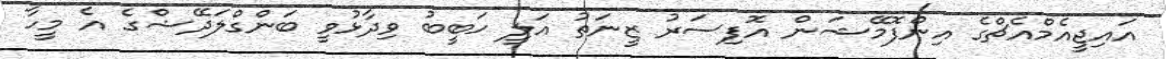
އައިޖީއެމްއެޗްގެ އިންފޮމޭޝަން އޮފިސަރު ޒީނަތު އަލީ ހަބީބު ވިދާޅުވީ ބަންގްލަދޭޝްގެ އެ މީހާ